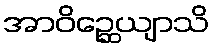
အာဝိဉ္ဆေယျာသိ